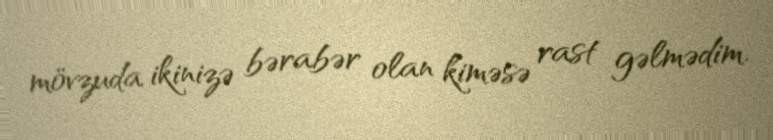
mövzuda ikinizə bərabər olan kiməsə rast gəlmədim.